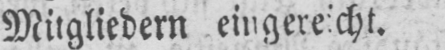
Mitgliedern eingereicht.